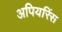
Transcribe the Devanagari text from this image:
अपियरिंस